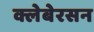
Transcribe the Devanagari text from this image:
क्लेबेरसन